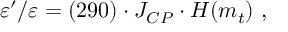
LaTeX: { \varepsilon ^ { \prime } / \varepsilon } = ( 2 9 0 ) \cdot J _ { C P } \cdot H ( m _ { t } ) \ ,